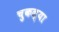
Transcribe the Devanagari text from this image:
चुकल्या